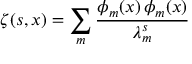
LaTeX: \zeta ( s , x ) = \sum _ { m } \frac { \phi _ { m } ( x ) \, \phi _ { m } ( x ) } { \lambda _ { m } ^ { s } }